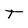
Character: T